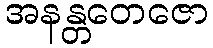
အနန္တတေဇော